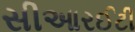
સીઆરઈટી